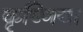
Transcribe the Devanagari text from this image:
कृष्णिया